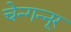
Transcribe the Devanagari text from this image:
चेन्गन्नूर